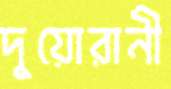
দুয়োরানী